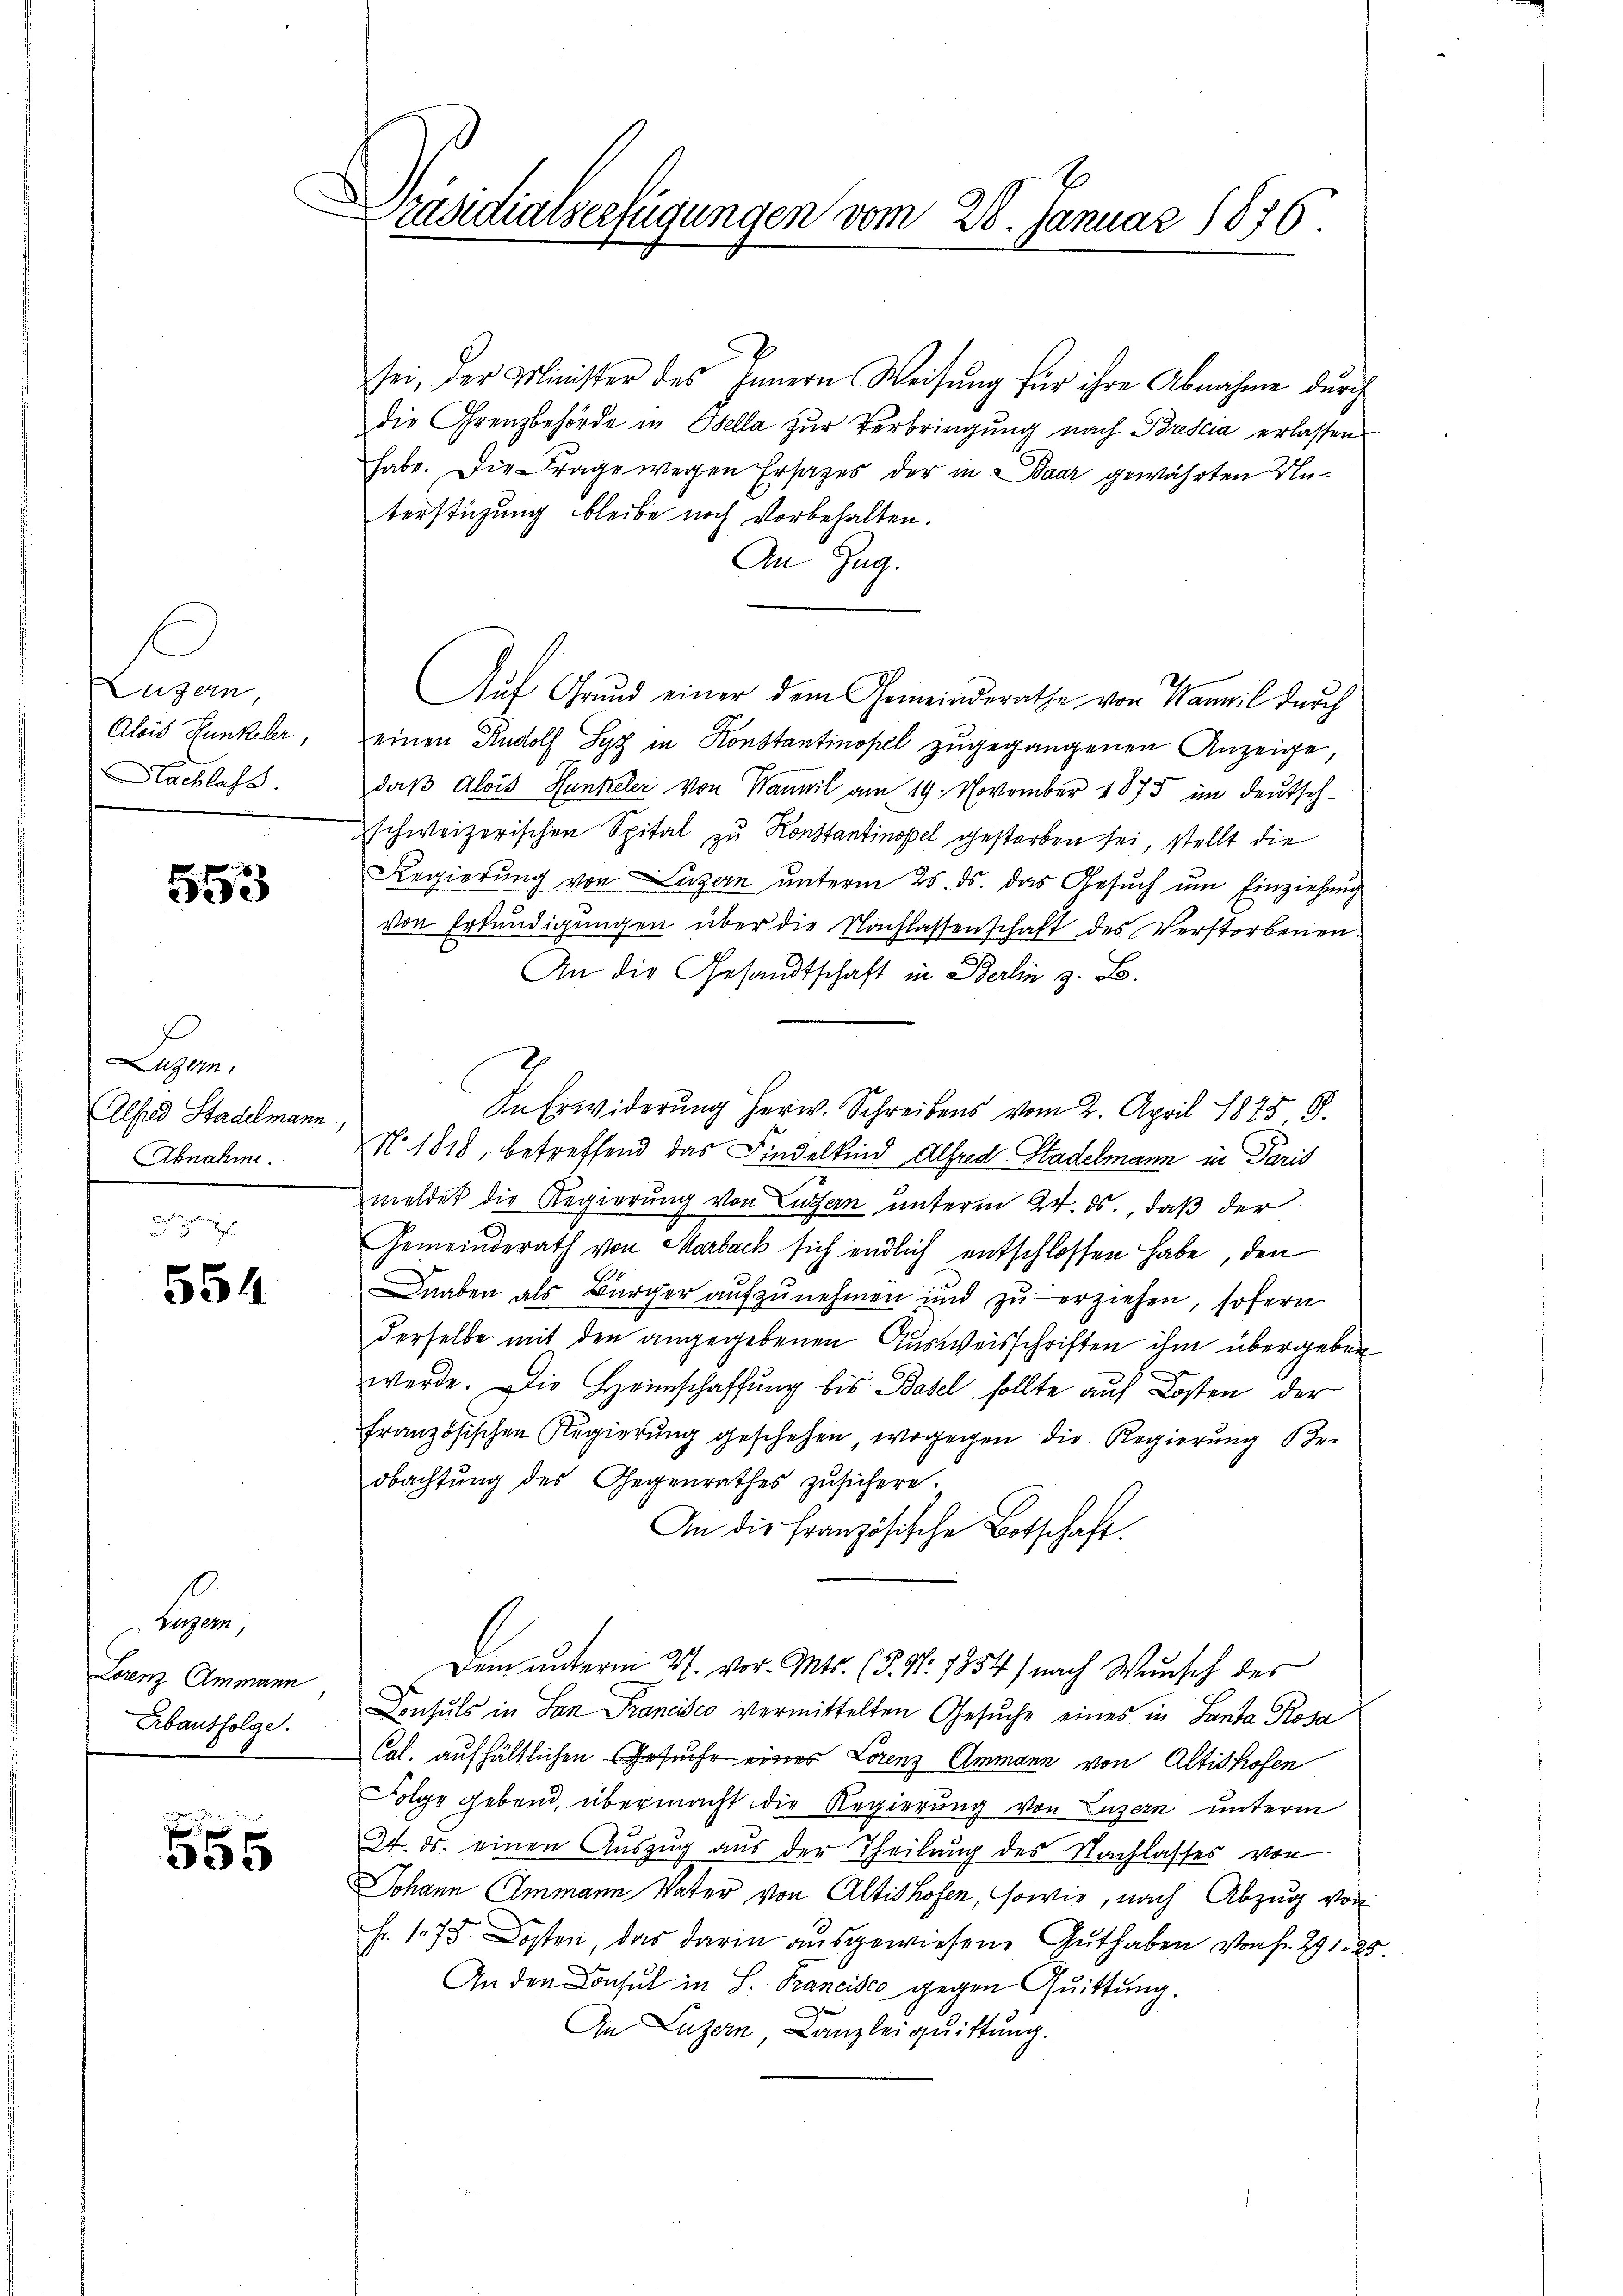
Lesen
Alois Funkeler,
Nachlass.

553

Luzern,
Alhard Stadelmann,
Abnahme.

554

legen,
Lorenz Ammann
Erbausfolge.

e
.
355

h
zaudialserfügungen vom 28. Januar 1876.

sei, der Minister des Innern Weisung für ihre Abnahme durch
die Grenzbehörde in Bella zur Verbringung nach Brescia erlassen
habe. Die Frage wegen Ersatzes der in Baar gewährten Neterstüzung bleibe noch vorbehalten.
An Zug.
Auf Grund einer dem Gemeinderathe von Wannil durch
einen Rudolf Syz in Konstantinopel zugegangenen Anzeige,
daß Alois Hunkeler von Wannil am 19. November 1875 im deutsch-
schweizerischen Spital zu Konstantinopel gestorben sei, stellt die
Regierung von Luzern unterm 26. ds. das Gesuch um Einziehung
von Erkŭndigŭngen über die Nachlassenschaft des Verstorbenen.
An die Gesandtschaft in Berlin z. B.
In Erwiderung herw. Schreibens vom 2. April 1875 8.
No. 1818, betreffend das Findelkind Alfred Stadelmann in Paris
meldet die Regierung von Luzern unterm 24. ds., daß der
Gemeinderath von Marbach sich endlich entschlossen habe, den
naben als Bürger aufzunehmen und zu erziehen, sofern
derselbe mit den angegebenen Ausweisschriften ihm übergeben
werde. Die Heimschaffung bis Basel sollte auf Kosten der
französischen Regierŭng geschehen, wogegen die Regierŭng er-
obachtŭng des Gegenrathes zŭsichere.
An die Französische Botschaft.
Dem unterm 27. vor. Mts. (T. N. 1854) nach Wunsch des
Consuls in San Francisco vermittelten Gesuche eines in Santa Rosa
Cal. aufhältlichen Gesuche eines Lorenz Ammann von Altishofen
Folge gebend, übermacht die Regierung von Luzern unterm
24. ds. einen Auszug aus der Theilung des Nachlasses von
Johann Immann Vater von Altishofen, sowie, nach Abzug von
Fr. 173 Kosten, das darin ausgewiesene Guthaben von Fr. 291. 25
An den Consul in S. Francisco gegen Quittung.
An Luzern, Canzleiquittung.